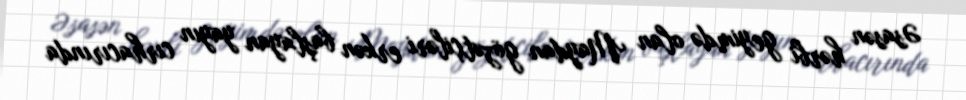
Əsasən hərbi geyimdə olan Maydan gözətçiləri erkən başlayan yayın cırhacırında